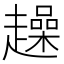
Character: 趮